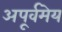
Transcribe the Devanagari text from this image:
अपूर्वमेय